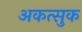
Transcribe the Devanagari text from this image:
अकत्सुक